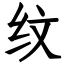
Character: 纹